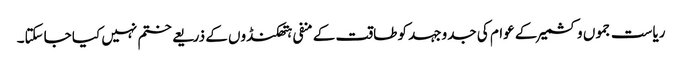
ریاست جموں وکشمیر کے عوام کی جدوجہد کو طاقت کے منفی ہتھکنڈوں کے ذریعے ختم نہیں کیا جاسکتا۔